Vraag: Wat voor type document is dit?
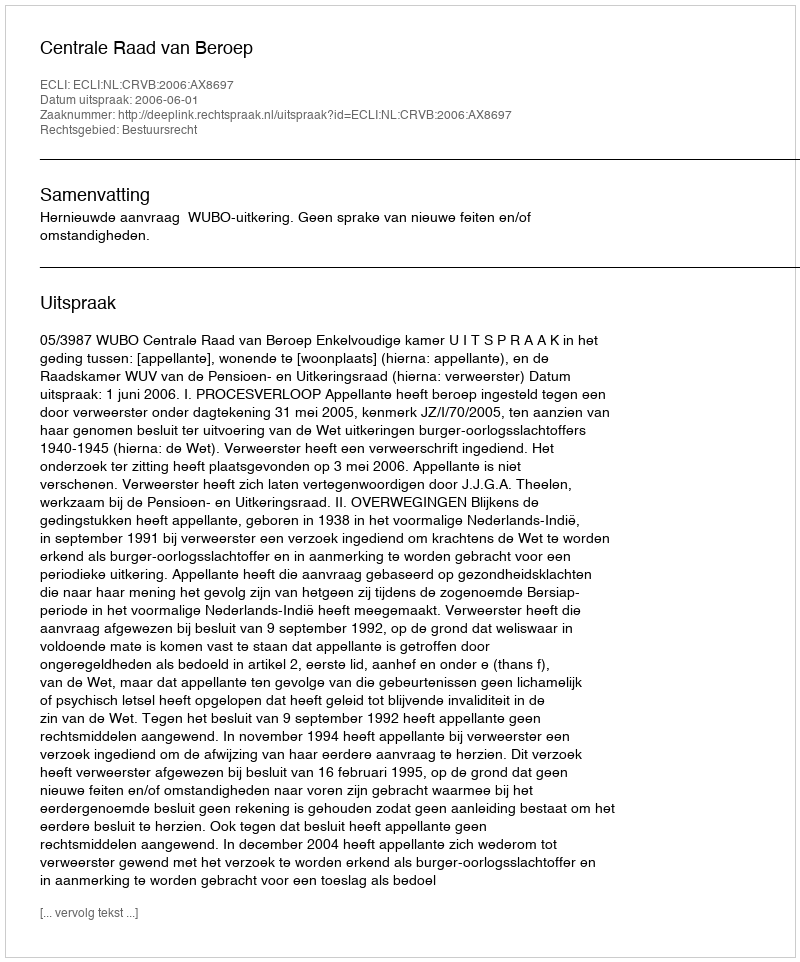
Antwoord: Uitspraak